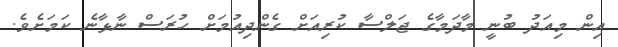
އިން މިއަދު ބުނީ މާދަމާގެ ޖަލްސާ ކުރިއަށް ގެންދިއުމަށް ހުރަސް ނާޅާނެ ކަމަށެވެ.